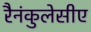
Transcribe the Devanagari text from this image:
रैनंकुलेसीए